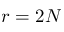
r = 2 N